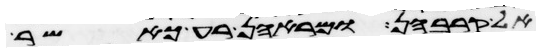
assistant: אל קרבהן ומראהן רע כאשר